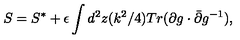
S = S ^ { * } + \epsilon \int d ^ { 2 } z ( k ^ { 2 } / 4 ) T r ( \partial g \cdot \bar { \partial } g ^ { - 1 } ) ,